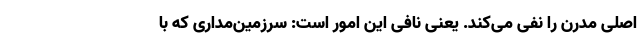
اصلی مدرن را نفی می‌کند. یعنی نافی این امور است: سرزمین‌مداری که با